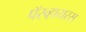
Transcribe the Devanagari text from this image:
पॅरव्हायरस